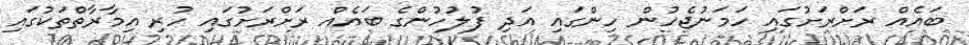
ބައެއް ރަށްރަށުގައި ހަމަނުޖެހުން ހިންގައި އަދި ފުލުހުންގެ ބައެއް ރަށްރަށުގައި ހުރި އިމާރާތްތަކުގައި